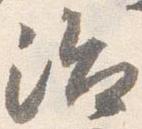
治